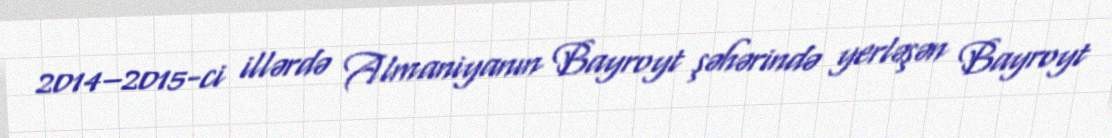
2014–2015-ci illərdə Almaniyanın Bayroyt şəhərində yerləşən Bayroyt